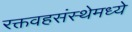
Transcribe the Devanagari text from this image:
रक्तवहसंस्थेमध्ये